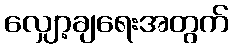
လျှော့ချရေးအတွက်